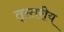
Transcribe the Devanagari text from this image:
तृस्तरीय